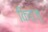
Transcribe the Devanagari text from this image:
किङ्ज़्